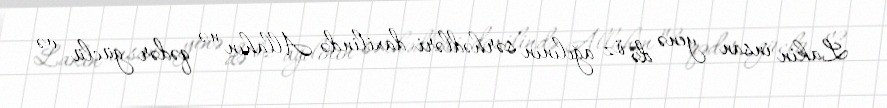
Lakin insan yenə də öz ağılının sərhədləri daxilində Allahın nə qədər güclü və